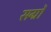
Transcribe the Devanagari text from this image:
सर्ग्रों